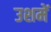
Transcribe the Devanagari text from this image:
उशमें